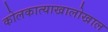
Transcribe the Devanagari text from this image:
कोलकात्याखालोखाल